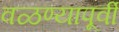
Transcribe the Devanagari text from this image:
वळण्यापूर्वी